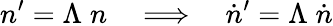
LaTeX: n^{\prime}=\Lambda\; n\quad\Longrightarrow\quad\dot{n}^{\prime}=\Lambda\; \dot{n}